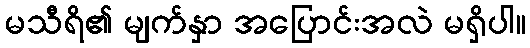
မသီရိ၏ မျက်နှာ အပြောင်းအလဲ မရှိပါ။